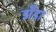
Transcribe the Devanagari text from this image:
झँडा